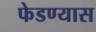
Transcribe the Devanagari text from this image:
फेडण्यास